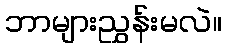
ဘာများညွှန်းမလဲ။